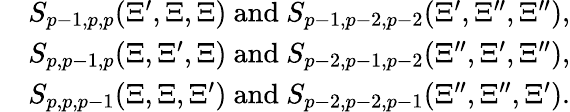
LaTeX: \begin{array}{rl}&{S_{p-1,p,p}(\Xi^{\prime},\Xi,\Xi)\mathrm{~and~}S_{p-1,p-2,p-2}(\Xi^{\prime},\Xi^{\prime\prime},\Xi^{\prime\prime}),}\\ &{S_{p,p-1,p}(\Xi,\Xi^{\prime},\Xi)\mathrm{~and~}S_{p-2,p-1,p-2}(\Xi^{\prime\prime},\Xi^{\prime},\Xi^{\prime\prime}),}\\ &{S_{p,p,p-1}(\Xi,\Xi,\Xi^{\prime})\mathrm{~and~}S_{p-2,p-2,p-1}(\Xi^{\prime\prime},\Xi^{\prime\prime},\Xi^{\prime}).}\end{array}